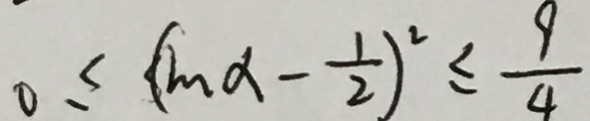
0 \leq ( \sin a - \frac { 1 } { 2 } ) ^ { 2 } \leq \frac { 9 } { 4 }